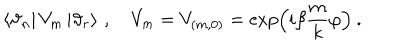
LaTeX: \left\langle \vartheta _ { n } \right| V _ { m } \left| \vartheta _ { r } \right\rangle \, , \quad V _ { m } = V _ { ( m , 0 ) } = \exp \left( { i \beta } \frac { m } { k } \varphi \right) \: .